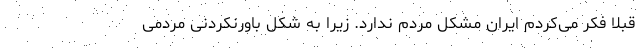
قبلا فکر می‌کردم ایران مشکل مردم ندارد. زیرا به شکل باورنکردنی مردمی